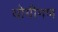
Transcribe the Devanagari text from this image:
योगीगण